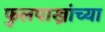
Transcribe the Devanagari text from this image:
फुलपाख्रांच्या